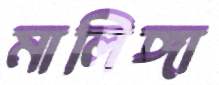
মালিঙ্গা